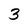
Character: 3